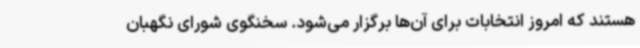
هستند که امروز انتخابات برای آن‌ها برگزار می‌شود. سخنگوی شورای نگهبان